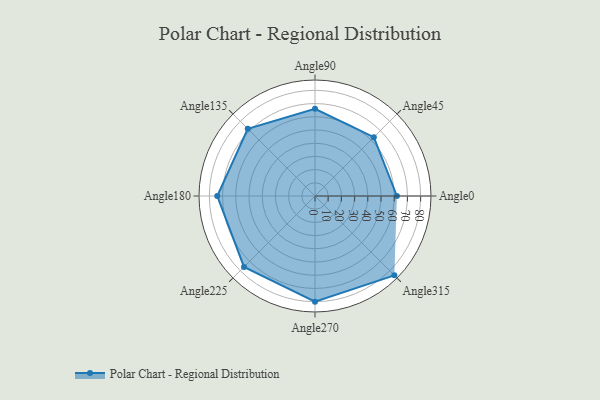
{"axis": {"x": "Angle", "y": "Radius"}, "legend": [""], "data": [{"x": "Angle0", "y": 62.0, "type": ""}, {"x": "Angle45", "y": 63.0, "type": ""}, {"x": "Angle90", "y": 66.0, "type": ""}, {"x": "Angle135", "y": 72.0, "type": ""}, {"x": "Angle180", "y": 74.0, "type": ""}, {"x": "Angle225", "y": 76.0, "type": ""}, {"x": "Angle270", "y": 80.0, "type": ""}, {"x": "Angle315", "y": 85.0, "type": ""}]}